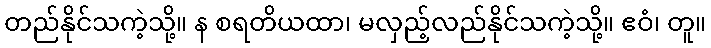
တည်နိုင်သကဲ့သို့။ န စရတိယထာ၊ မလှည့်လည်နိုင်သကဲ့သို့။ ဧဝံ၊ တူ။